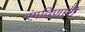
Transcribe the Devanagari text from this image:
रंगविणारी